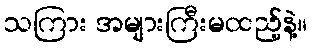
သကြား အများကြီးမထည့်နဲ့။